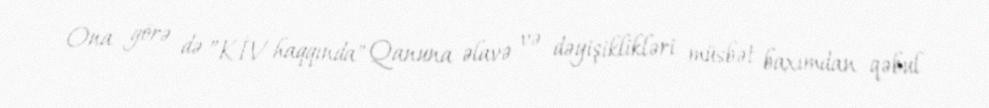
Ona görə də ”KİV haqqında" Qanuna əlavə və dəyişiklikləri müsbət baxımdan qəbul